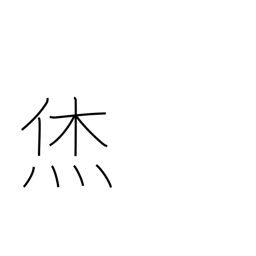
Meaning: fortunate